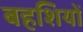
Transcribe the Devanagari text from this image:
बहशियों